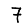
Digit: 7